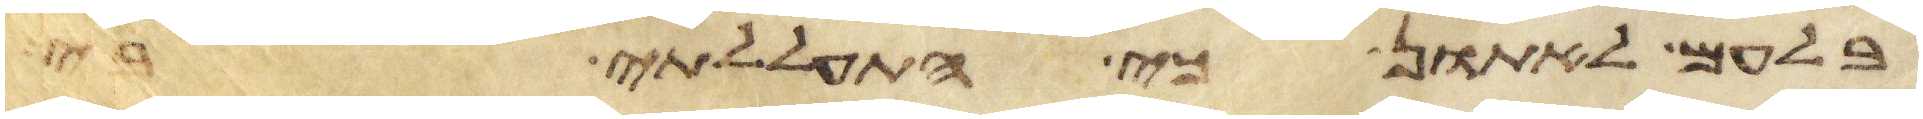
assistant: בלעם לאתון כי התעללתי בי